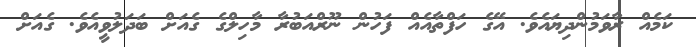
ކަމެއް ރާވަމުންދިޔައެވެ. އޭގެ ހަފްތާއެއް ފަހުން ނޫރްއަބުރާ މާހިލްގެ ގެއަށް ބަދަލުވީއެވެ. ގެއަށް